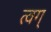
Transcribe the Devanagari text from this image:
त्वग्